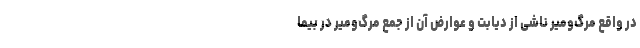
در واقع مرگ‌ومیر ناشی از دیابت و عوارض آن از جمع مرگ‌ومیر در بیما